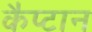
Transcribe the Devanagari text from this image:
कैप्टान